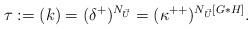
LaTeX: \begin{align*}\tau:= (k) = (\delta^+)^{N_{\vec{U}}} = (\kappa^{++})^{N_{\vec{U}}[G*H]}.\end{align*}